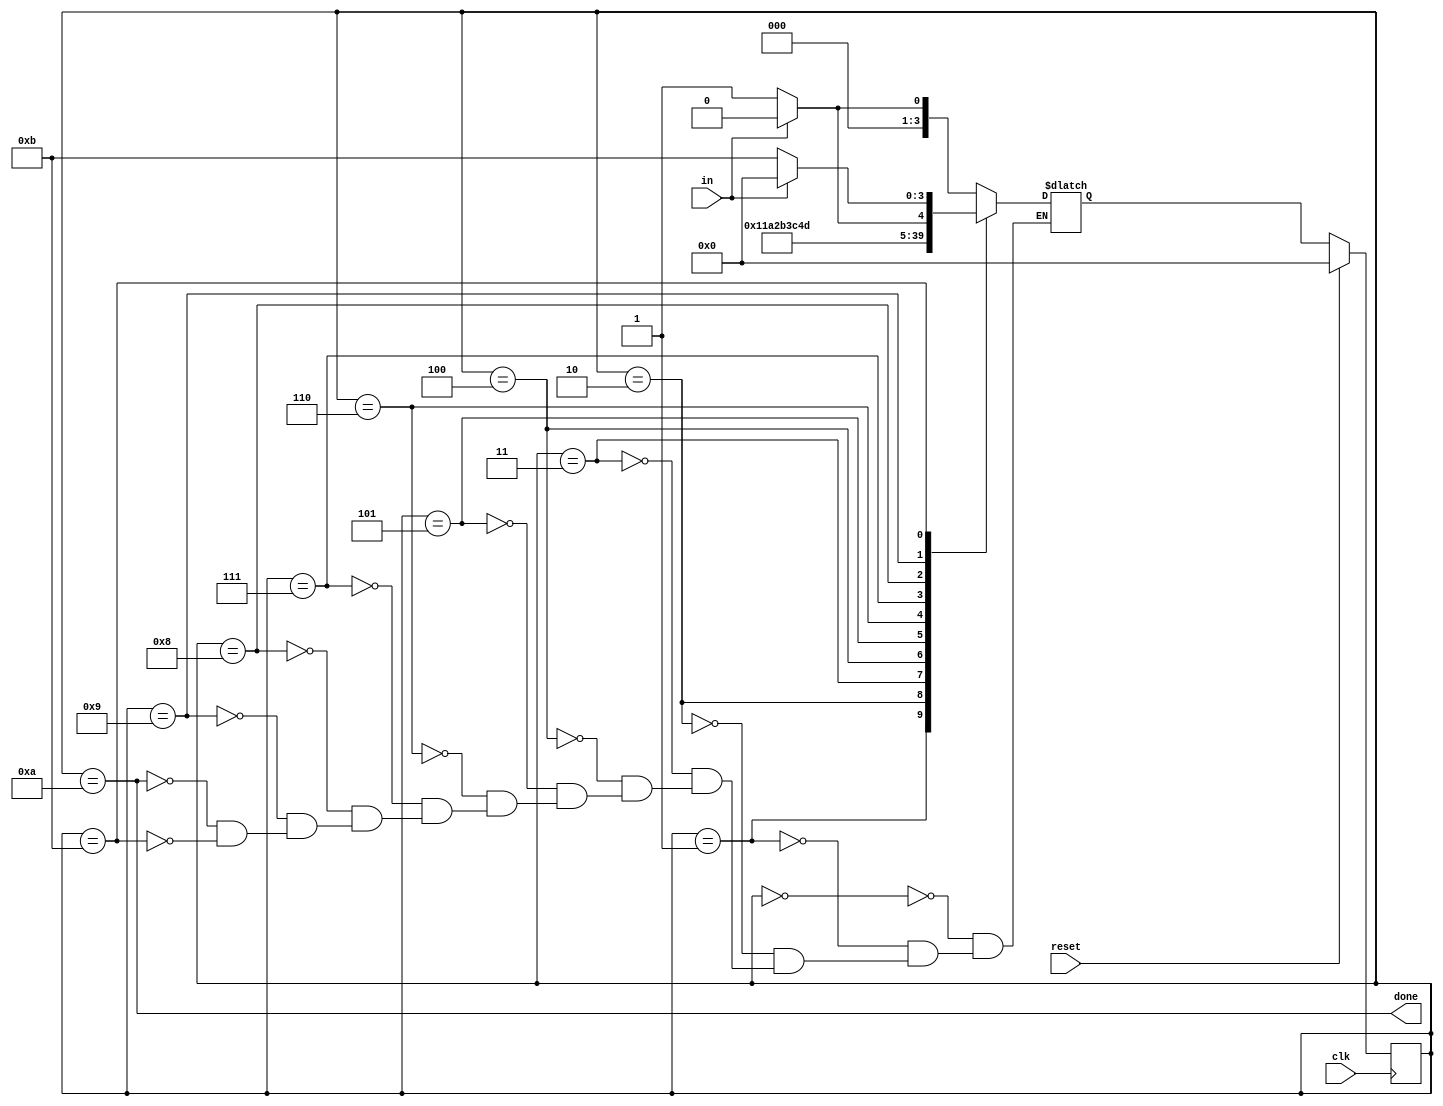
module top_module(
    input clk,
    input in,
    input reset,    // Synchronous reset
    output done
); 
    parameter s0=0, s1=1,s2=2, s3=3, s4=4, s5=5, s6=6, s7=7, s8=8, s9=9, s10=10, s11=11;
    wire [3:0] state, next;
    
    // state transition logic
    always@(*)begin
        case(state)
            s0: next = in? s0:s1;
            s1: next = s2;
            s2: next = s3;
            s3: next = s4;
            s4: next = s5;
            s5: next = s6;
            s6: next = s7;
            s7: next = s8;
            s8: next = s9;
            s9: next = in? s10:s11;
            s10: next = in? s0:s1;
            s11: next = in? s0:s11;
        endcase
    end
    
    // flip-flop and reset
    always@(posedge clk)begin
        if(reset)
            state <= s0;
        else
            state <= next;
    end
    
    //output
    assign done = (state == s10);
    
endmodule